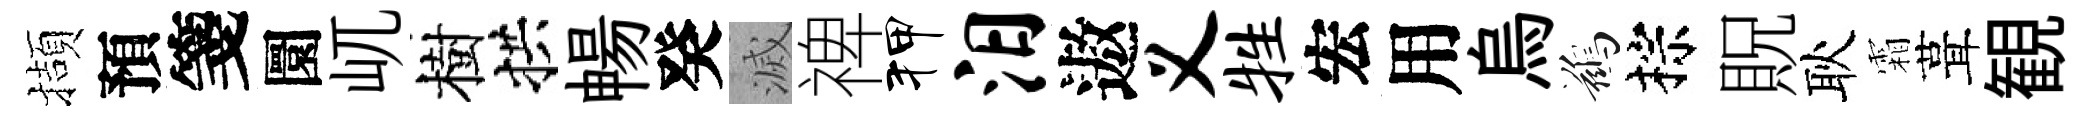
擷預箋圜屼樹拱暢癸滅禆狎汨遨义牲宏用烏鷀棕貺耿霜葺観